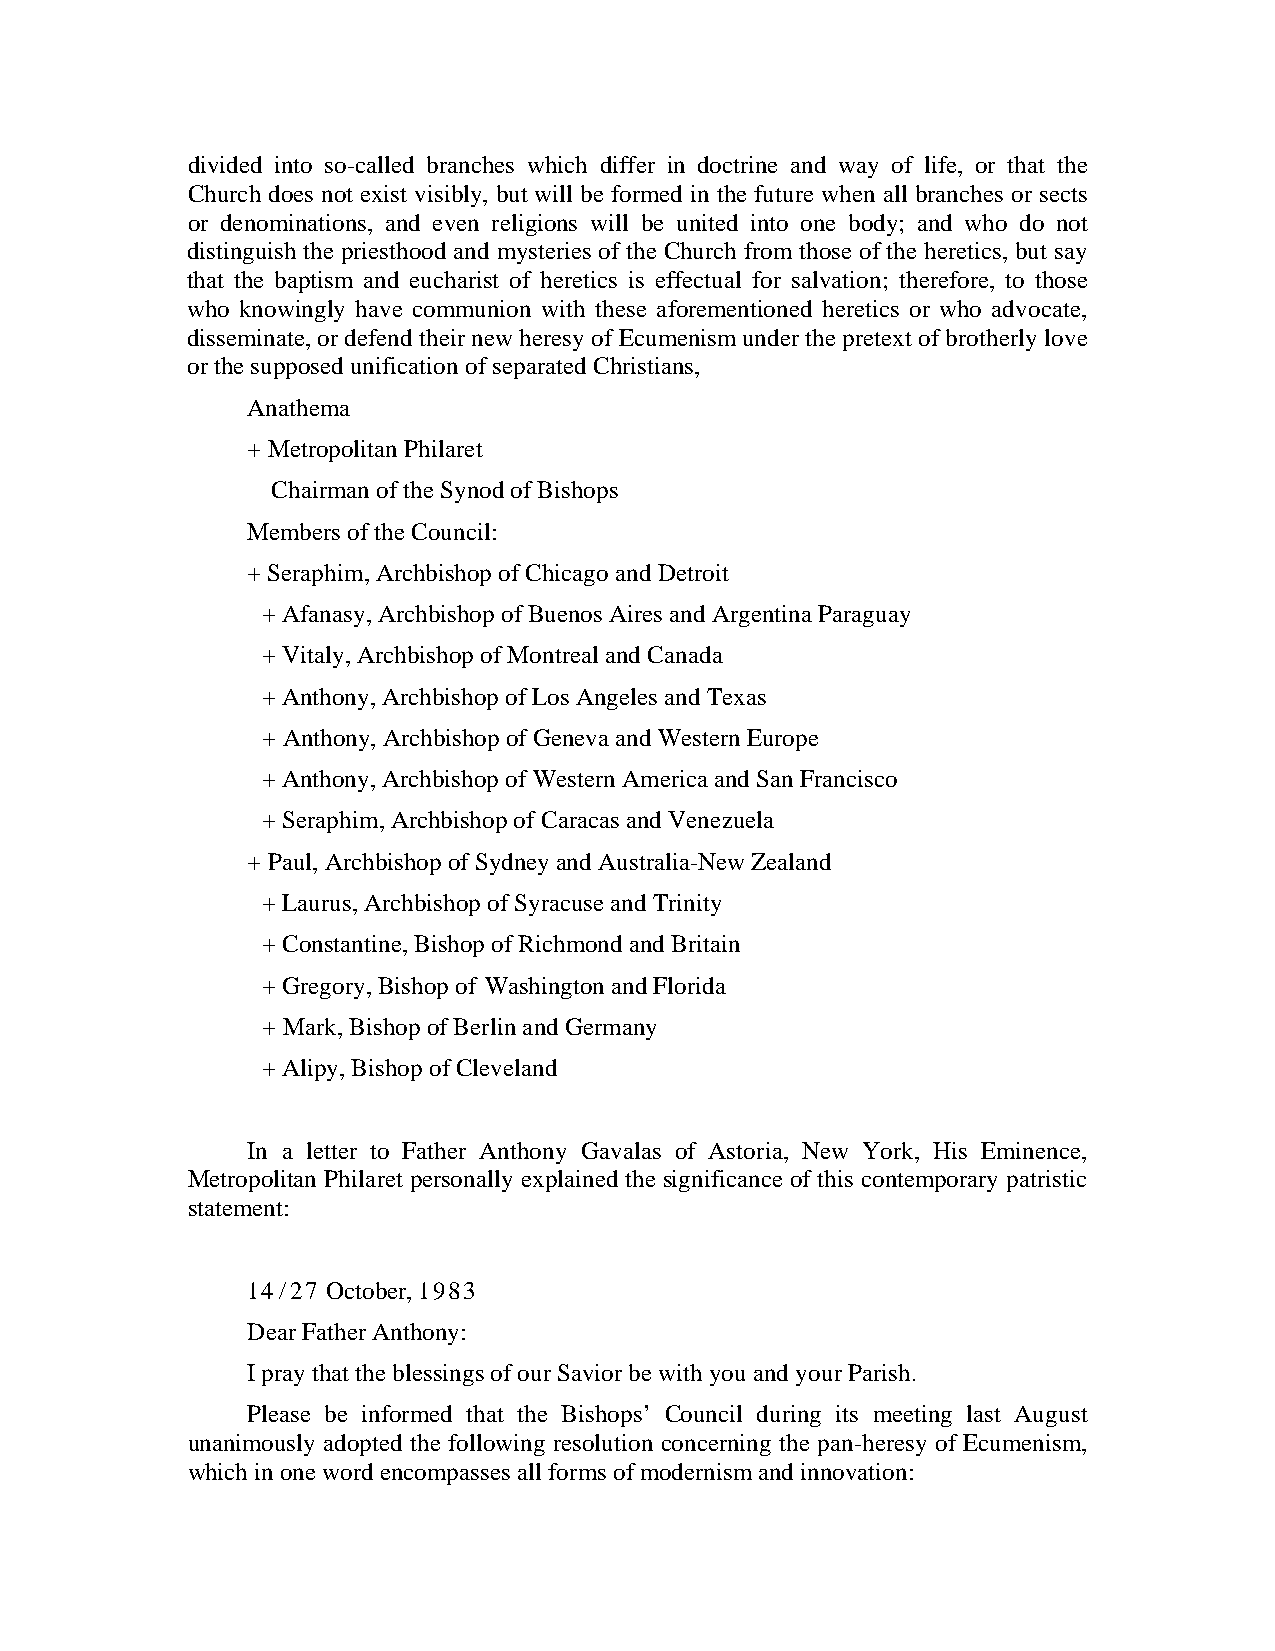
divided into so-called branches which differ in doctrine and way of life, or that the
 Church does not exist visibly, but will be formed in the future when all branches or sects
 or denominations, and even religions will be united into one body; and who do not
 distinguish the priesthood and mysteries of the Church from those of the heretics, but say
 that the baptism and eucharist of heretics is effectual for salvation; therefore, to those
 who knowingly have communion with these aforementioned heretics or who advocate,
 disseminate, or defend their new heresy of Ecumenism under the pretext of brotherly love
 or the supposed unification of separated Christians,
 Anathema
 + Metropolitan Philaret
 Chairman of the Synod of Bishops
 Members of the Council:
 + Seraphim, Archbishop of Chicago and Detroit
 + Afanasy, Archbishop of Buenos Aires and Argentina Paraguay
 + Vitaly, Archbishop of Montreal and Canada
 + Anthony, Archbishop of Los Angeles and Texas
 + Anthony, Archbishop of Geneva and Western Europe
 + Anthony, Archbishop of Western America and San Francisco
 + Seraphim, Archbishop of Caracas and Venezuela
 + Paul, Archbishop of Sydney and Australia-New Zealand
 + Laurus, Archbishop of Syracuse and Trinity
 + Constantine, Bishop of Richmond and Britain
 + Gregory, Bishop of Washington and Florida
 + Mark, Bishop of Berlin and Germany
 + Alipy, Bishop of Cleveland
 In a letter to Father Anthony Gavalas of Astoria, New York, His Eminence,
 Metropolitan Philaret personally explained the significance of this contemporary patristic
 statement:
 14/27 October, 1983
 Dear Father Anthony:
 I pray that the blessings of our Savior be with you and your Parish.
 Please be informed that the Bishops’ Council during its meeting last August
 unanimously adopted the following resolution concerning the pan-heresy of Ecumenism,
 which in one word encompasses all forms of modernism and innovation: